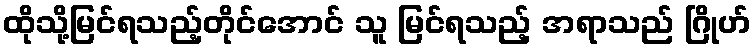
ထိုသို့မြင်ရသည့်တိုင်အောင် သူ မြင်ရသည့် အရာသည် ဂြိုဟ်